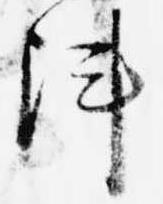
陣